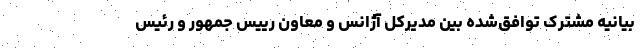
بیانیه مشترک توافق‌شده بین مدیرکل آژانس و معاون رییس جمهور و رئیس